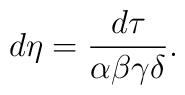
d\eta =\frac{d\tau}{\alpha\beta\gamma\delta}  .